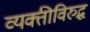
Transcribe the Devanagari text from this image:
व्यक्तीविरुद्ध